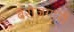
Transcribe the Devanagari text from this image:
बेरोज़गारों